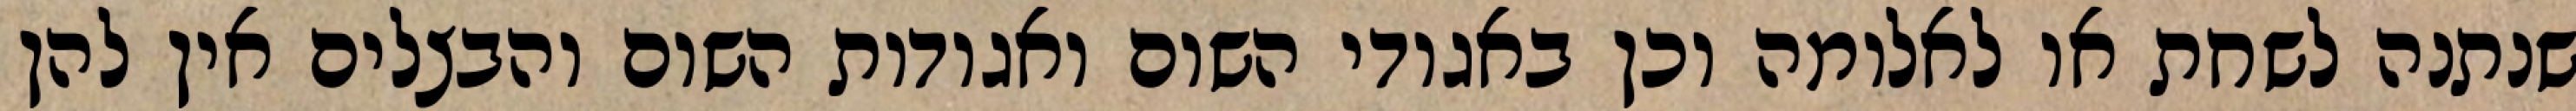
שנתנה לשחת או לאלומה וכן באגודי השום ואגודות השום והבצלים אין להן